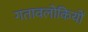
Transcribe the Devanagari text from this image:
गतावलोकियों